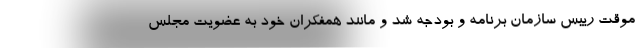
موقت رییس سازمان برنامه و بودجه شد و مانند همفکران خود به عضویت مجلس